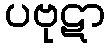
ပဗုဋာ